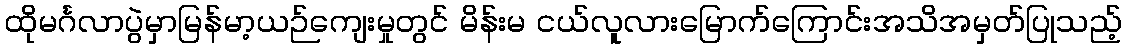
ထိုမင်္ဂလာပွဲမှာမြန်မာ့ယဉ်ကျေးမှုတွင် မိန်းမ ငယ်လူလားမြောက်ကြောင်းအသိအမှတ်ပြုသည့်